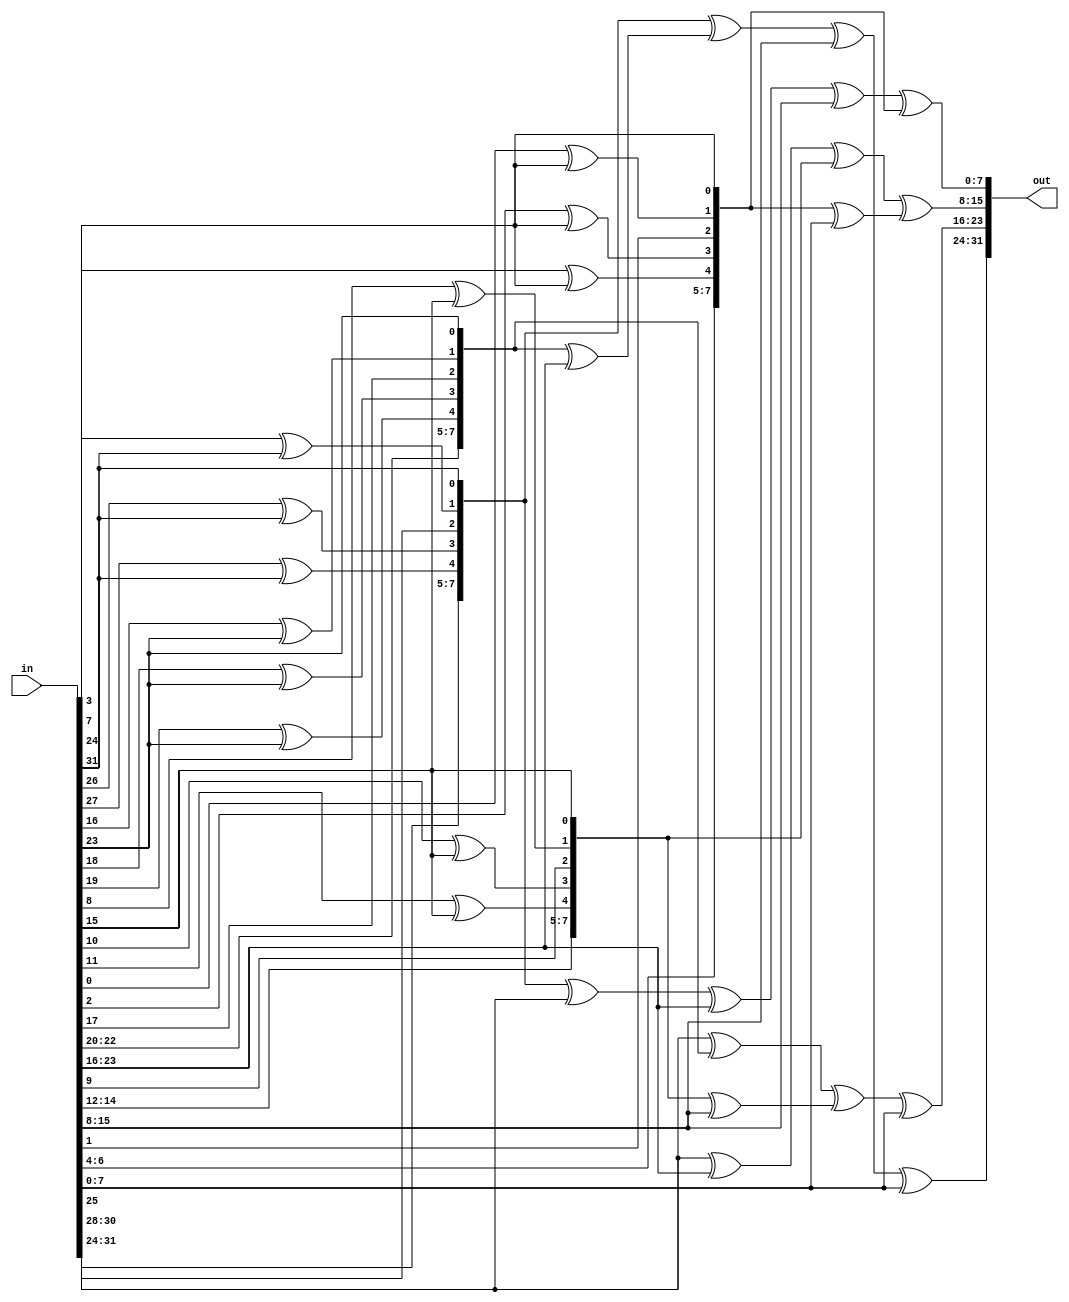
module mix_single_col
(
	input [31:0] in, 
	output [31:0] out
);

	wire [7:0] b0, b1, b2, b3;
	wire [7:0] c0, c1, c2, c3;

	function [7:0] mult_2;
		input [7:0] x;
		begin
			mult_2 = {x[6], x[5], x[4], x[3]^x[7], x[2]^x[7], x[1], x[0]^x[7], x[7]};
		end
	endfunction

	function [7:0] mult_3;
		input [7:0] x;
		begin
			mult_3 = mult_2(x) ^ x;
		end
	endfunction

	assign {b0, b1, b2, b3} = in;

	assign c0 = mult_2(b0) ^ mult_3(b1) ^ b2 ^ b3;
	assign c1 = b0 ^ mult_2(b1) ^ mult_3(b2) ^ b3;
	assign c2 = b0 ^ b1 ^ mult_2(b2) ^ mult_3(b3);
	assign c3 = mult_3(b0) ^ b1 ^ b2 ^ mult_2(b3);

	assign out = {c0, c1, c2, c3};

endmodule

module mix_col
(
	input [127:0] in,
	output [127:0] out
);

	genvar i;
	generate
	    for (i=0; i<4; i=i+1)
	    begin : msc
	       mix_single_col m(.in(in[32*i+31:32*i]), .out(out[32*i+31:32*i]));
	    end
	endgenerate

endmodule